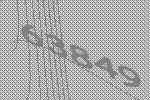
63849